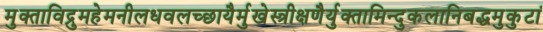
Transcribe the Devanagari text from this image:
मुक्ताविद्रुमहेमनीलधवलच्छायैर्मुखेस्त्रीक्षणैर्युक्तामिन्दुकलानिबद्धमुकुटां